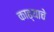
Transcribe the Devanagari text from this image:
काढ्याचे